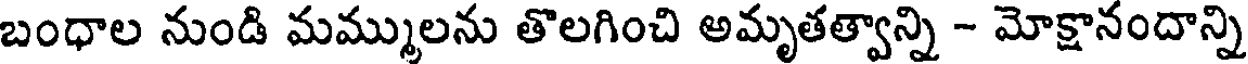
బంధాల నుండి మమ్ములను తొలగించి అమృతత్వాన్ని - మోక్షానందాన్ని